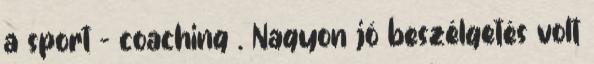
a sport - coaching . Nagyon jó beszélgetés volt